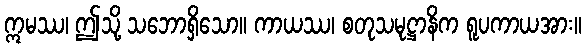
ဣမဿ၊ ဤသို့ သဘောရှိသော။ ကာယဿ၊ စတုသမုဋ္ဌာနိက ရူပကာယအား။